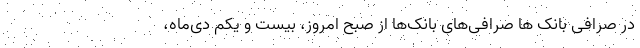
در صرافی بانک ها صرافی‌های بانک‌ها از صبح امروز، بیست و یکم دی‌ماه،